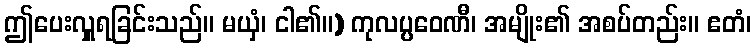
ဤပေးလှူရခြင်းသည်။ မယှံ၊ ငါ၏။) ကုလပ္ပဝေဏီ၊ အမျိုး၏ အစပ်တည်း။ ဧတံ၊